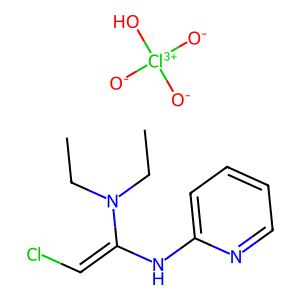
SMILES: CCN(CC)C(=CCl)Nc1ccccn1.[O-][Cl+3]([O-])([O-])O
Inhibits HIV replication: No